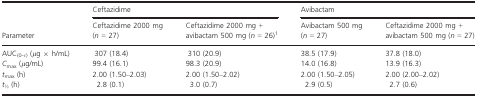
|  | Ceftazidime |  | Avibactam |  |
 | Parameter | Ceftazidime 2000 mg (n = 27) | Ceftazidime 2000 mg + avibactam 500 mg (n = 26)1 | Avibactam 500 mg (n = 27) | Ceftazidime 2000 mg + avibactam 500 mg (n = 27) |
 | --- | --- | --- | --- | --- |
 | AUC(0-τ) (μg × h/mL) | 307 (18.4) | 310 (20.9) | 38.5 (17.9) | 37.8 (18.0) |
 | Cmax (μg/mL) | 99.4 (16.1) | 98.3 (20.9) | 14.0 (16.8) | 13.9 (16.3) |
 | tmax (h) | 2.00 (1.50–2.03) | 2.00 (1.50–2.02) | 2.00 (1.50–2.05) | 2.00 (2.00–2.02) |
 | t1⁄2 (h) | 2.8 (0.1) | 3.0 (0.7) | 2.9 (0.5) | 2.7 (0.6) |